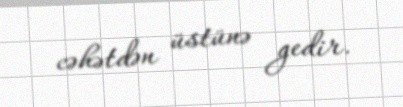
cəhətdən üstünə gedir.